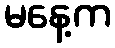
မနေ့က